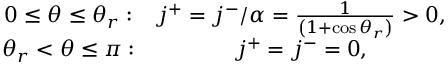
\begin{array} { c c } { 0 \leq \theta \leq \theta _ { r } : } & { j ^ { + } = j ^ { - } / \alpha = \frac { 1 } { \left( 1 + \cos \theta _ { r } \right) } > 0 , } \\ { \theta _ { r } < \theta \leq \pi : } & { j ^ { + } = j ^ { - } = 0 , } \end{array}